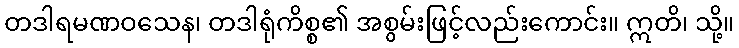
တဒါရမဏဝသေန၊ တဒါရုံကိစ္စ၏ အစွမ်းဖြင့်လည်းကောင်း။ ဣတိ၊ သို့။